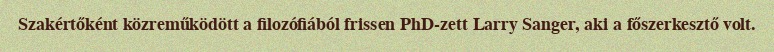
Szakértőként közreműködött a filozófiából frissen PhD-zett Larry Sanger, aki a főszerkesztő volt.